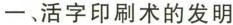
一、活字印刷术的发明